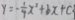
y = - \frac { 1 } { 4 } x ^ { 2 } + b x + c